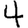
Digit: 4